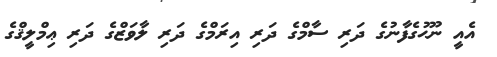
އެއީ ނޫޙުގެފާނުގެ ދަރި ސާމްގެ ދަރި އިރަމްގެ ދަރި ލާވަޒްގެ ދަރި ޢިމްލީޤްގެ